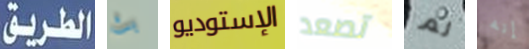
الطريق بث الإستوديو تصعد لم إنه